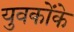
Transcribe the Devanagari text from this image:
युवकोंके